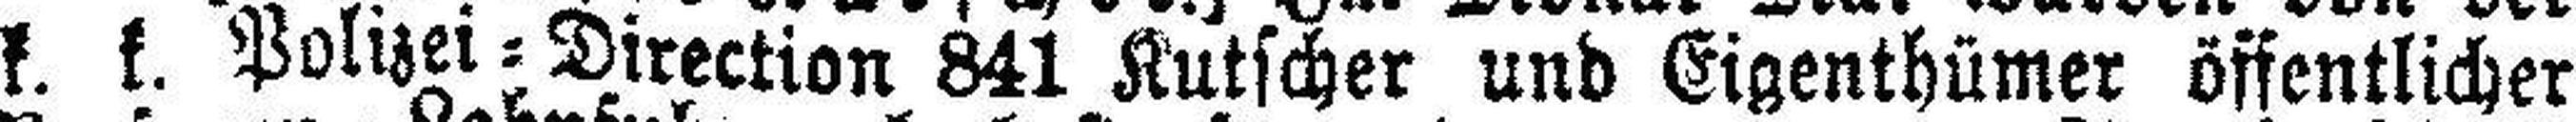
k. k. Polizei=Direction 841 Kutscher und Eigenthümer öffentlicher